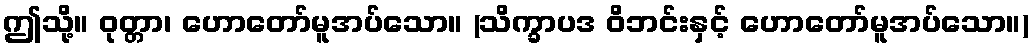
ဤသို့။ ဝုတ္တာ၊ ဟောတော်မူအပ်သော။ (သိက္ခာပဒ ဝိဘင်းနှင့် ဟောတော်မူအပ်သော။)